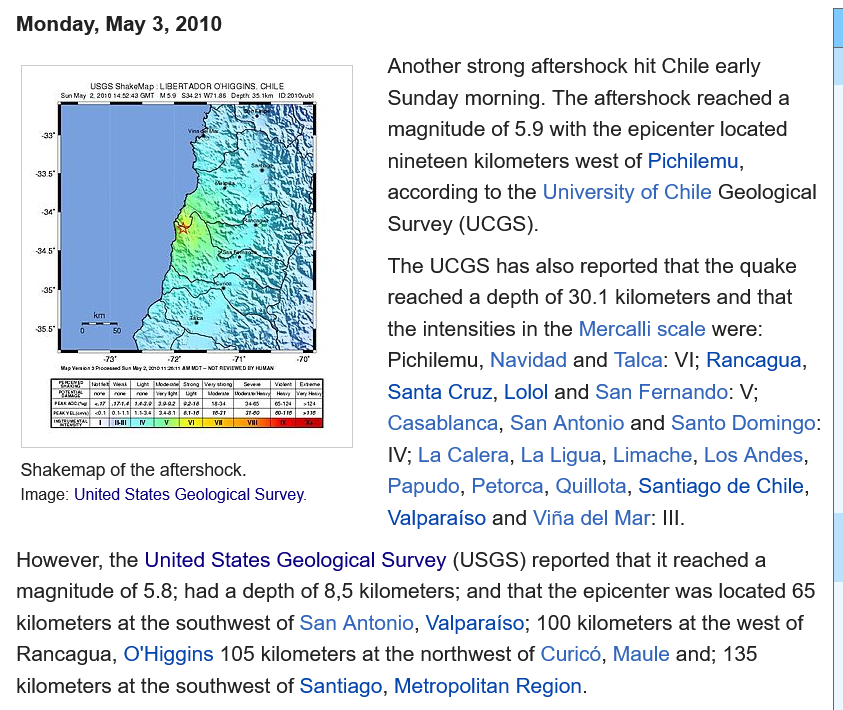
Another strong aftershock hit Chile early
     Sunday morning. The aftershock reached a
     magnitude of 5.9 with the epicenter located
     nineteen kilometers west of Pichilemu,
     according to the University of Chile Geological
     Survey (UCGS).
     The UCGS has also reported that the quake
     reached a depth of 30.1 kilometers and that
     the intensities in the Mercalli scale were:
     Pichilemu, Navidad and Talca: VI; Rancagua,
     Santa Cruz, Lolol and San Fernando: V;
     Casablanca, San Antonio and Santo Domingo:
     IV; La Calera, La Ligua, Limache, Los Andes,
     Papudo, Petorca, Quillota, Santiago de Chile,
     Valparaiso and Vifia del Mar: Ill.
  However, the United States Geological Survey (USGS) reported that it reached a
  magnitude of 5.8; had a depth of 8,5 kilometers; and that the epicenter was located 65
  kilometers at the southwest of San Antonio, Valparaiso; 100 kilometers at the west of
  Rancagua, O'Higgins 105 kilometers at the northwest of Curico, Maule and; 135
  kilometers at the southwest of Santiago, Metropolitan Region.
     USGS Shatetap LOERTADOR OHIGONS, Le

   Image: United States Geological Survey.
  Shakemap of the aftershock.
  Monday, May 3, 2010